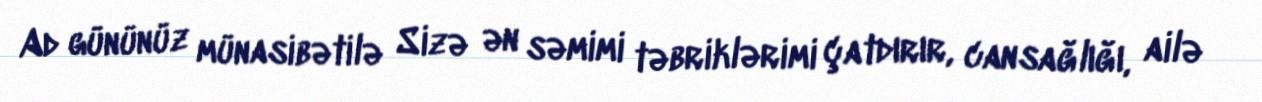
Ad gününüz münasibətilə Sizə ən səmimi təbriklərimi çatdırır, cansağlığı, ailə